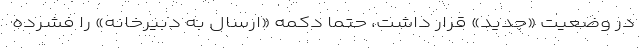
در وضعیت «جدید» قرار داشت، حتما دکمه «ارسال به دبیرخانه» را فشرده